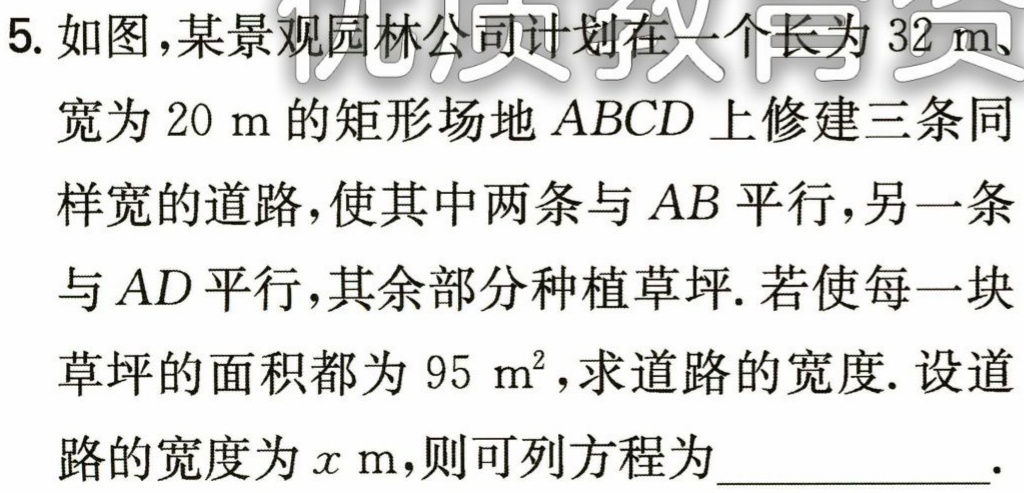
$(32 - x)(20 - 2x)=95\times 6$